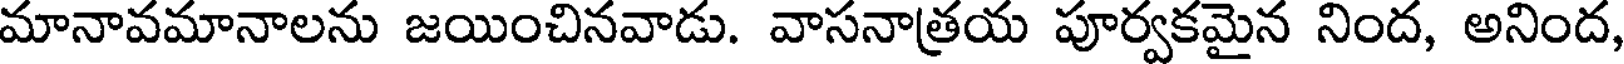
మానావమానాలను జయించినవాడు. వాసనాత్రయ పూర్వకమైన నింద, అనింద,